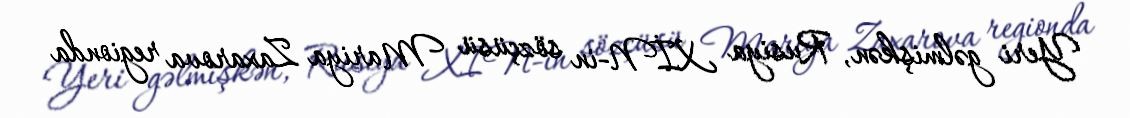
Yeri gəlmişkən, Rusiya XİN-in sözçüsü Mariya Zaxarova regionda